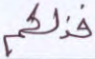
فذلكم